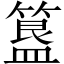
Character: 簋